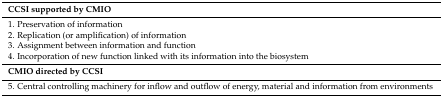
<table><thead><tr><td><b>CCSI supported by CMIO</b></td></tr></thead><tbody><tr><td>1. Preservation of information</td></tr><tr><td>2. Replication (or amplification) of information</td></tr><tr><td>3. Assignment between information and function</td></tr><tr><td>4. Incorporation of new function linked with its information into the biosystem</td></tr><tr><td><b>CMIO directed by CCSI</b></td></tr><tr><td>5. Central controlling machinery for inflow and outflow of energy, material and information from environments</td></tr></tbody></table>